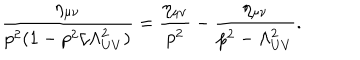
LaTeX: \frac { \eta _ { \mu \nu } } { p ^ { 2 } ( 1 - p ^ { 2 } / \Lambda _ { U V } ^ { 2 } ) } = \frac { \eta _ { \mu \nu } } { p ^ { 2 } } - \frac { \eta _ { \mu \nu } } { p ^ { 2 } - \Lambda _ { U V } ^ { 2 } } .